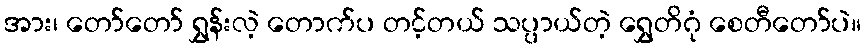
အား၊ တော်တော် ရွှန်းလဲ့ တောက်ပ တင့်တယ် သပ္ပာယ်တဲ့ ရွှေတိဂုံ စေတီတော်ပဲ။